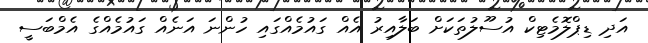
އަދި ޑިޕްލޮމެޓިކް އުސޫލުތަކަށް ބަލާއިރު އެއް ގައުމެއްގައި ހުންނަ އަނެއް ގައުމެއްގެ އެމްބަސީ